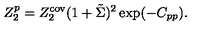
Z _ { 2 } ^ { p } = Z _ { 2 } ^ { \mathrm { c o v } } ( 1 + \tilde { \Sigma } ) ^ { 2 } \exp ( - C _ { p p } ) .